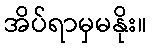
အိပ်ရာမှမနိုး။